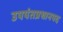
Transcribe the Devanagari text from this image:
उपपंतप्रधानपद